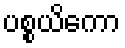
ပစ္စယိကော